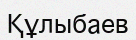
Құлыбаев